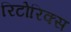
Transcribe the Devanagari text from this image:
रिटोरिक्स